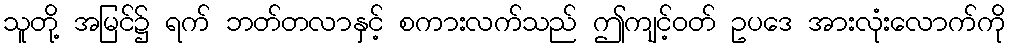
သူတို့ အမြင်၌ ရက် ဘတ်တလာနှင့် စကားလက်သည် ဤကျင့်ဝတ် ဥပဒေ အားလုံးလောက်ကို